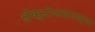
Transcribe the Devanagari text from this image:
लॅक्टोजसारख्या